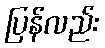
ပြန်လည်း